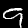
Label: 9